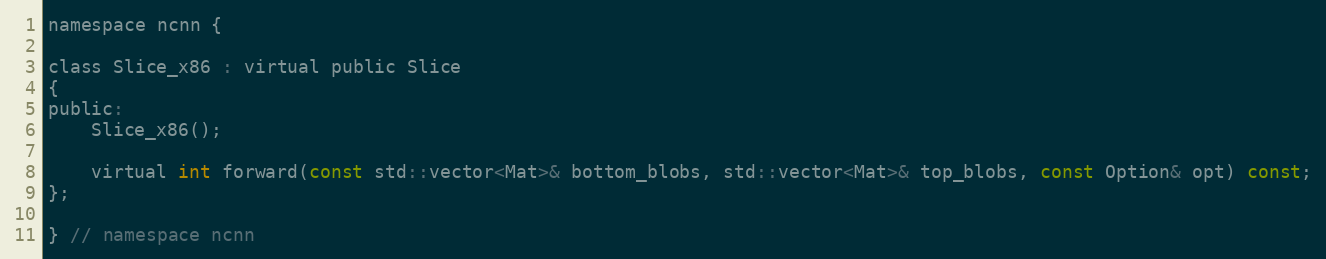
Language: C
namespace ncnn {

class Slice_x86 : virtual public Slice
{
public:
    Slice_x86();

    virtual int forward(const std::vector<Mat>& bottom_blobs, std::vector<Mat>& top_blobs, const Option& opt) const;
};

} // namespace ncnn